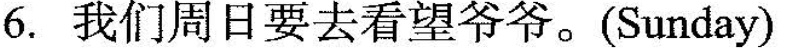
6.我们周日要去看望爷爷。(Sunday）